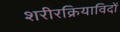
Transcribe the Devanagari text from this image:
शरीरक्रियाविदों